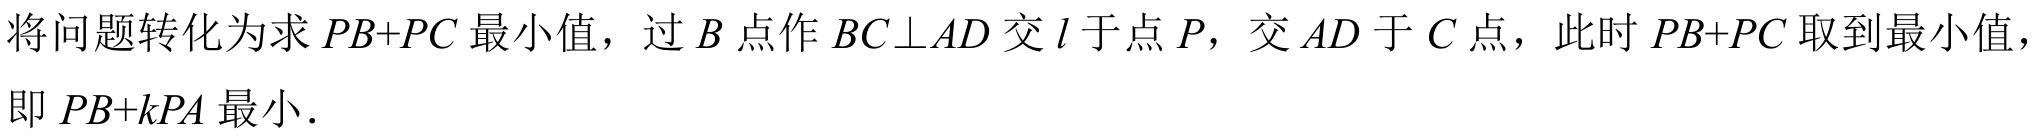
将问题转化为求 \(PB + PC\) 最小值，过 \(B\) 点作 \(BC\perp AD\) 交 \(l\) 于点 \(P\)，交 \(AD\) 于 \(C\) 点，此时 \(PB + PC\) 取到最小值，即 \(PB + kPA\) 最小.